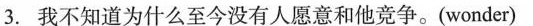
3.我不知道为什么至今没有人愿意和他竞争。(wonder)